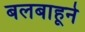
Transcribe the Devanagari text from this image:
बलबाहूने